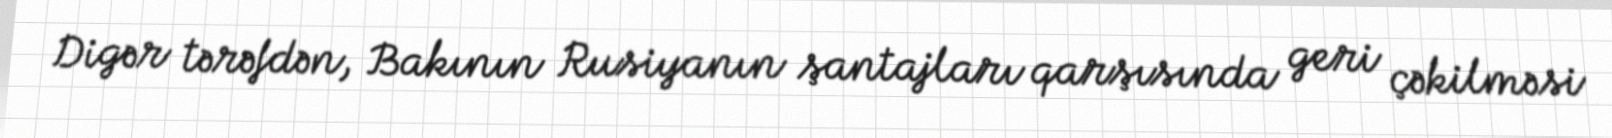
Digər tərəfdən, Bakının Rusiyanın şantajları qarşısında geri çəkilməsi